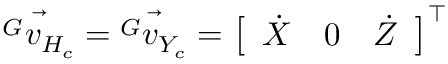
\vec { { ^ G } v _ { H _ { c } } } = \vec { { ^ G } v _ { Y _ { c } } } = \left[ \begin{array} { l l l } { \dot { X } } & { 0 } & { \dot { Z } } \end{array} \right] ^ { \intercal } { }